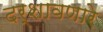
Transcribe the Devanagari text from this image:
दर्शावणारे